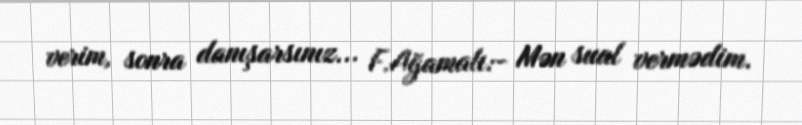
verim, sonra danışarsınız... F.Ağamalı:- Mən sual vermədim.